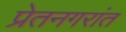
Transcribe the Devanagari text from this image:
प्रेतनगरांत